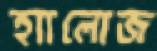
হ্যালোজ